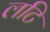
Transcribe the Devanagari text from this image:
लटि